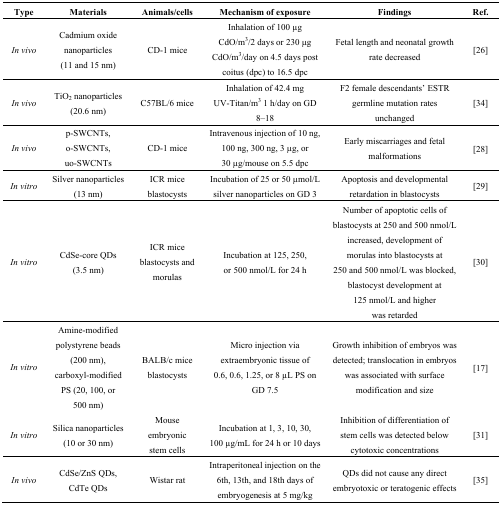
| Type | Materials | Animals/cells | Mechanism of exposure | Findings | Ref. |
 | --- | --- | --- | --- | --- | --- |
 | In vivo | Cadmium oxide nanoparticles (11 and 15 nm) | CD-1 mice | Inhalation of 100 μg CdO/m3/2 days or 230 μg CdO/m3/day on 4.5 days post coitus (dpc) to 16.5 dpc | Fetal length and neonatal growth rate decreased | [26] |
 | In vivo | TiO2 nanoparticles (20.6 nm) | C57BL/6 mice | Inhalation of 42.4 mg UV-Titan/m3 1 h/day on GD 8–18 | F2 female descendants’ ESTR germline mutation rates unchanged | [34] |
 | In vivo | p-SWCNTs, o-SWCNTs, uo-SWCNTs | CD-1 mice | Intravenous injection of 10 ng, 100 ng, 300 ng, 3 μg, or 30 μg/mouse on 5.5 dpc | Early miscarriages and fetal malformations | [28] |
 | In vitro | Silver nanoparticles (13 nm) | ICR mice blastocysts | Incubation of 25 or 50 μmol/L silver nanoparticles on GD 3 | Apoptosis and developmental retardation in blastocysts | [29] |
 | In vitro | CdSe-core QDs (3.5 nm) | ICR mice blastocysts and morulas | Incubation at 125, 250, or 500 nmol/L for 24 h | Number of apoptotic cells of blastocysts at 250 and 500 nmol/L increased, development of morulas into blastocysts at 250 and 500 nmol/L was blocked, blastocyst development at 125 nmol/L and higher was retarded | [30] |
 | In vitro | Amine-modified polystyrene beads (200 nm), carboxyl-modified PS (20, 100, or 500 nm) | BALB/c mice blastocysts | Micro injection via extraembryonic tissue of 0.6, 0.6, 1.25, or 8 μL PS on GD 7.5 | Growth inhibition of embryos was detected; translocation in embryos was associated with surface modification and size | [17] |
 | In vitro | Silica nanoparticles (10 or 30 nm) | Mouse embryonic stem cells | Incubation at 1, 3, 10, 30, 100 μg/mL for 24 h or 10 days | Inhibition of differentiation of stem cells was detected below cytotoxic concentrations | [31] |
 | In vivo | CdSe/ZnS QDs, CdTe QDs | Wistar rat | Intraperitoneal injection on the 6th, 13th, and 18th days of embryogenesis at 5 mg/kg | QDs did not cause any direct embryotoxic or teratogenic effects | [35] |